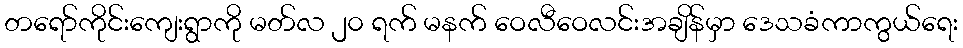
တရော်ကိုင်းကျေးရွာကို မတ်လ ၂၀ ရက် မနက် ဝေလီဝေလင်းအချိန်မှာ ဒေသခံကာကွယ်ရေး